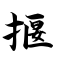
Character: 揠